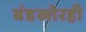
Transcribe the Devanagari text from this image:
बंडखोरही